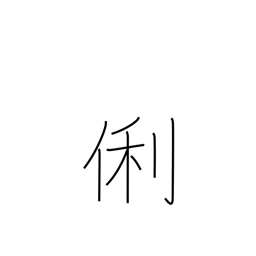
Meaning: clever